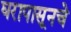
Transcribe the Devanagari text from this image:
घरापासूनचे